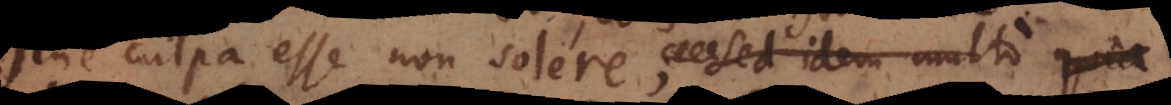
sine culpa esse non solere, certe quanto qui